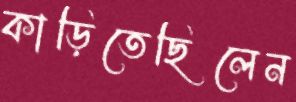
কাড়িতেছিলেন